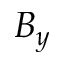
B _ { y }